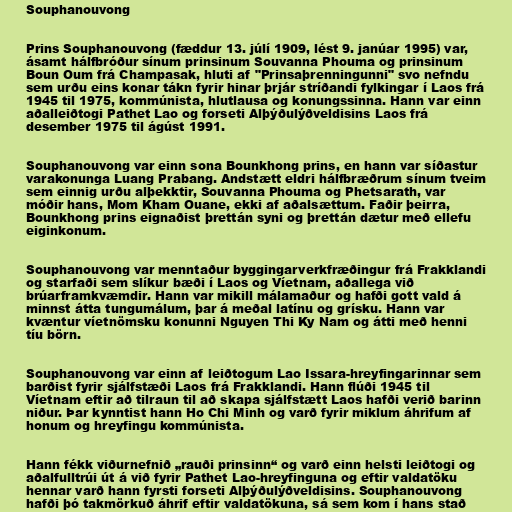
Souphanouvong

Prins Souphanouvong (fæddur 13. júlí 1909, lést 9. janúar 1995) var,
ásamt hálfbróður sínum prinsinum Souvanna Phouma og prinsinum
Boun Oum frá Champasak, hluti af "Prinsaþrenningunni" svo nefndu
sem urðu eins konar tákn fyrir hinar þrjár stríðandi fylkingar í Laos frá
1945 til 1975, kommúnista, hlutlausa og konungssinna. Hann var einn
aðalleiðtogi Pathet Lao og forseti Alþýðulýðveldisins Laos frá
desember 1975 til ágúst 1991.

Souphanouvong var einn sona Bounkhong prins, en hann var síðastur
varakonunga Luang Prabang. Andstætt eldri hálfbræðrum sínum tveim
sem einnig urðu alþekktir, Souvanna Phouma og Phetsarath, var
móðir hans, Mom Kham Ouane, ekki af aðalsættum. Faðir þeirra,
Bounkhong prins eignaðist þrettán syni og þrettán dætur með ellefu
eiginkonum.

Souphanouvong var menntaður byggingarverkfræðingur frá Frakklandi
og starfaði sem slíkur bæði í Laos og Víetnam, aðallega við
brúarframkvæmdir. Hann var mikill málamaður og hafði gott vald á
minnst átta tungumálum, þar á meðal latínu og grísku. Hann var
kvæntur víetnömsku konunni Nguyen Thi Ky Nam og átti með henni
tíu börn.

Souphanouvong var einn af leiðtogum Lao Issara-hreyfingarinnar sem
barðist fyrir sjálfstæði Laos frá Frakklandi. Hann flúði 1945 til
Víetnam eftir að tilraun til að skapa sjálfstætt Laos hafði verið barinn
niður. Þar kynntist hann Ho Chi Minh og varð fyrir miklum áhrifum af
honum og hreyfingu kommúnista.

Hann fékk viðurnefnið „rauði prinsinn“ og varð einn helsti leiðtogi og
aðalfulltrúi út á við fyrir Pathet Lao-hreyfinguna og eftir valdatöku
hennar varð hann fyrsti forseti Alþýðulýðveldisins. Souphanouvong
hafði þó takmörkuð áhrif eftir valdatökuna, sá sem kom í hans stað